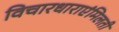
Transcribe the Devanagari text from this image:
विचारधाराएंमिलती